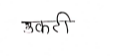
मजकूर: उकटी